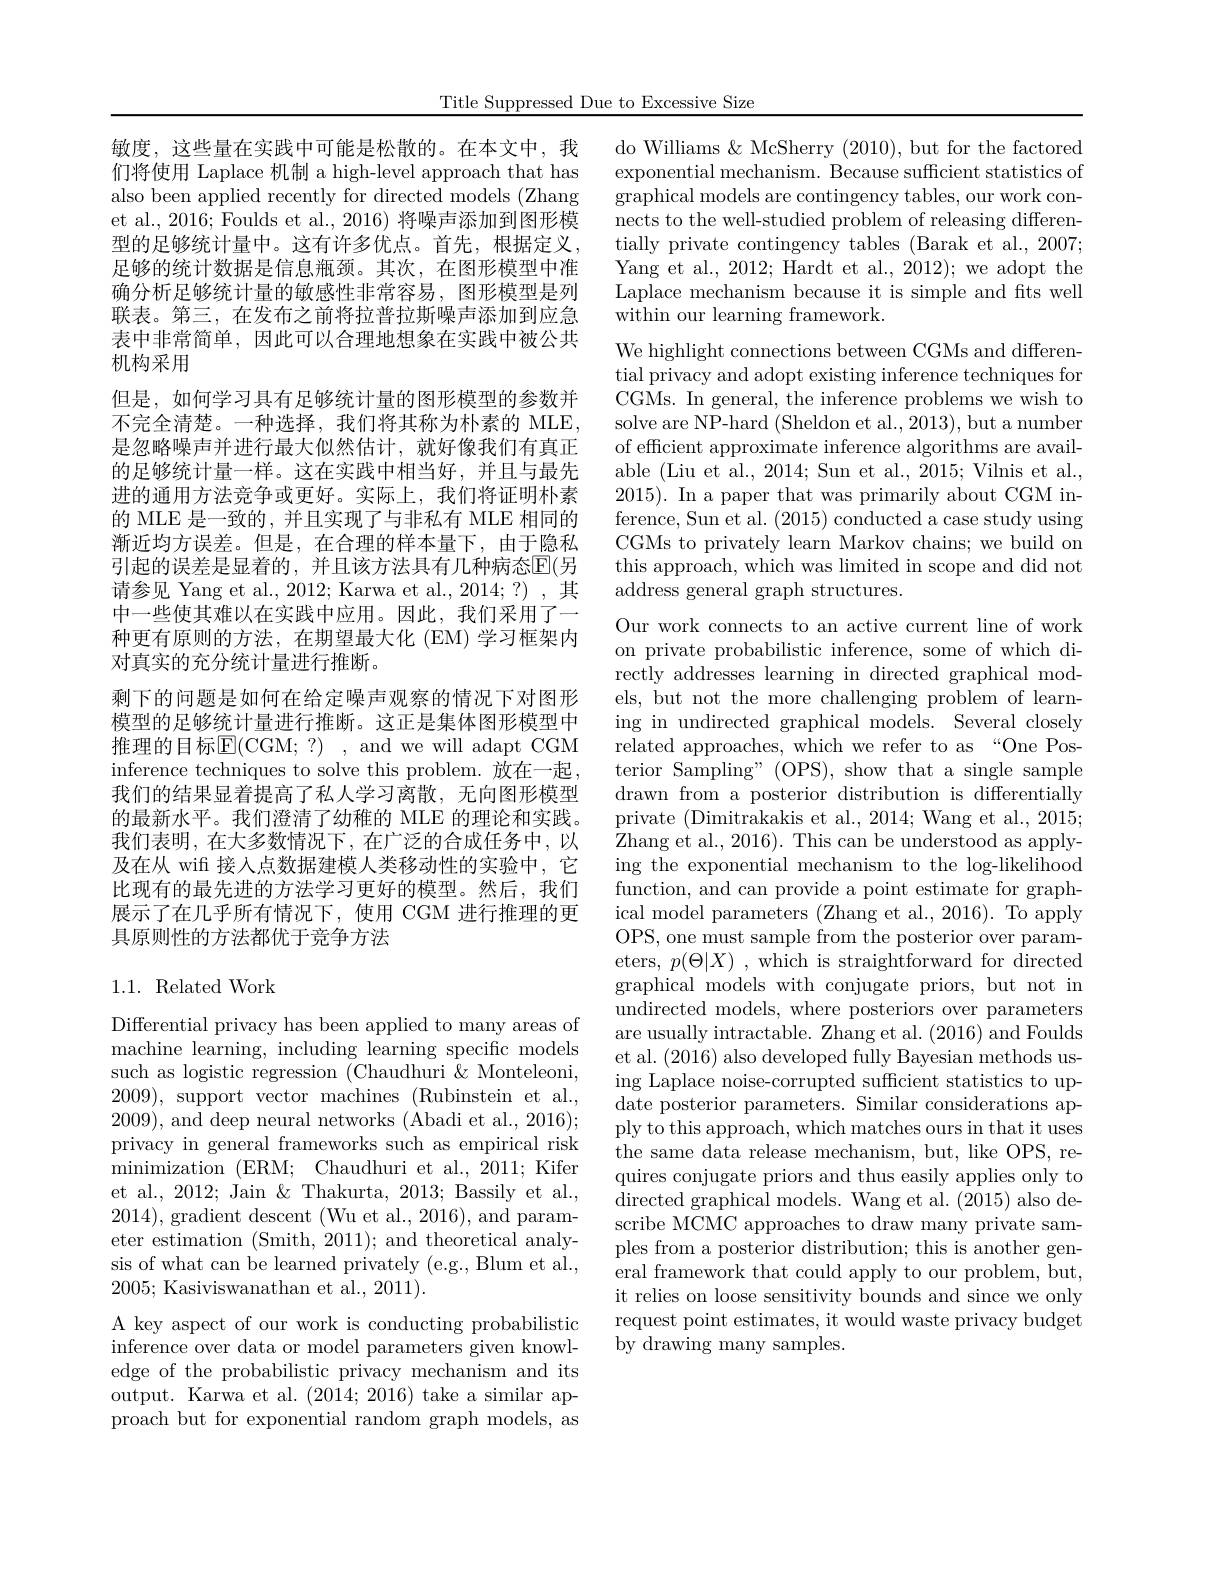
Title Suppressed Due to Excessive Size

敏度，这些量在实践中可能是松散的。在本文中，我们将使用 Laplace 机制 a high-level approach that has also been applied recently for directed models (Zhang et al., 2016; Foulds et al., 2016) 将噪声添加到图形模型的足够统计量中。这有许多优点。首先，根据定义， 足够的统计数据是信息瓶颈。其次，在图形模型中准确分析足够统计量的敏感性非常容易，图形模型是列联表。第三，在发布之前将拉普拉斯噪声添加到应急表中非常简单，因此可以合理地想象在实践中被公共机构采用
但是，如何学习具有足够统计量的图形模型的参数并不完全清楚。一种选择，我们将其称为朴素的 MLE, 是忽略噪声并进行最大似然估计，就好像我们有真正的足够统计量一样。这在实践中相当好，并且与最先进的通用方法竞争或更好。实际上，我们将证明朴素的 MLE 是一致的，并且实现了与非私有 MLE 相同的渐近均方误差。但是，在合理的样本量下，由于隐私引起的误差是显着的，并且该方法具有几种病态$\mathbb{E}($另请参见 Yang et al., 2012; Karwa et al., 2014;?) , 其中一些使其难以在实践中应用。因此，我们采用了一种更有原则的方法，在期望最大化 (EM) 学习框架内对真实的充分统计量进行推断。
剩下的问题是如何在给定噪声观察的情况下对图形模型的足够统计量进行推断。这正是集体图形模型中推理的目标$\overline{\mathrm{E}}($CGM; ?) , and we will adapt CGM inference techniques to solve this problem. 放在一起， 我们的结果显着提高了私人学习离散，无向图形模型的最新水平。我们澄清了幼稚的 MLE 的理论和实践。我们表明，在大多数情况下，在广泛的合成任务中，以及在从 wifi 接入点数据建模人类移动性的实验中，它比现有的最先进的方法学习更好的模型。然后，我们展示了在几乎所有情况下，使用 CGM 进行推理的更具原则性的方法都优于竞争方法

## 1.1. Related Work

Differential privacy has been applied to many areas of machine learning, including learning specific models such as logistic regression (Chaudhuri &Monteleoni, 2009), support vector machines (Rubinstein et al., 2009), and deep neural networks (Abadi et al., 2016); privacy in general frameworks such as empirical risk minimization (ERM; Chaudhuri et al., 2011; Kifer et al., 2012; Jain & Thakurta, 2013; Bassily et al., 2014),gradient descent (Wu et al., 2016), and parameter estimation (Smith, 2011); and theoretical analysis of what can be learned privately (e.g., Blum et al., 2005; Kasiviswanathan et al., 2011).

A key aspect of our work is conducting probabilistic inference over data or model parameters given knowledge of the probabilistic privacy mechanism and its output. Karwa et al. (2014;2016) take a similar approach but for exponential random graph models, as

do Williams & McSherry (2010), but for the factored exponential mechanism. Because sufficient statistics of graphical models are contingency tables, our work con- nects to the well-studied problem of releasing differentially private contingency tables (Barak et al., 2007; Yang et al., 2012; Hardt et al., 2012); we adopt the Laplace mechanism because it is simple and fits well within our learning framework.

We highlight connections between CGMs and differential privacy and adopt existing inference techniques for CGMs. In general, the inference problems we wish to solve are NP-hard (Sheldon et al., 2013), but a number of efficient approximate inference algorithms are available (Liu et al., 2014; Sun et al., 2015; Vilnis et al., 2015). In a paper that was primarily about CGM inference, Sun et al. (2015) conducted a case study using CGMs to privately learn Markov chains; we build on this approach, which was limited in scope and did not address general graph structures.

Our work connects to an active current line of work on private probabilistic inference, some of which directly addresses learning in directed graphical models, but not the more challenging problem of learning in undirected graphical models. Several closely related approaches, which we refer to as“One Posterior Sampling" (OPS), show that a single sample drawn from a posterior distribution is differentially private (Dimitrakakis et al.,2014;Wang et al., 2015; $\bar{\text{Zhang et al., 2016). This can be understood as apply-}}$ ing the exponential mechanism to the log-likelihood function, and can provide a point estimate for graphical model parameters (Zhang et al., 2016). To apply OPS, one must sample from the posterior over parameters, $p(\Theta|X)$ , which is straightforward for directed graphical models with conjugate priors, but not in undirected models, where posteriors over parameters are usually intractable. Zhang et al. (2016) and Foulds et al. (2016) also developed fully Bayesian methods using Laplace noise-corrupted sufficient statistics to update posterior parameters. Similar considerations apply to this approach, which matches ours in that it uses the same data release mechanism, but, like OPS, requires conjugate priors and thus easily applies only to directed graphical models. Wang et al. (2015) also describe MCMC approaches to draw many private samples from a posterior distribution; this is another general framework that could apply to our problem, but, it relies on loose sensitivity bounds and since we only request point estimates, it would waste privacy budget by drawing many samples.